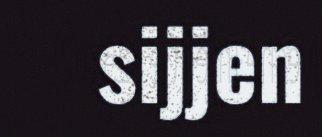
sijjen